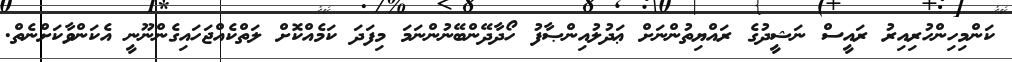
ކަންމިހިންހުރިއިރު ރައީސް ނަޝީދުގެ ރައްޔިތުންނަށް ޢަދުލުއިންޞާފު ހޯދާދޭންބޭނުންނަމަ މިފަދަ ކަމެއްކޮށް ލަތްކެއްޖަހައިގެންނޫނީ އެކަންވާކަށްނެތް.